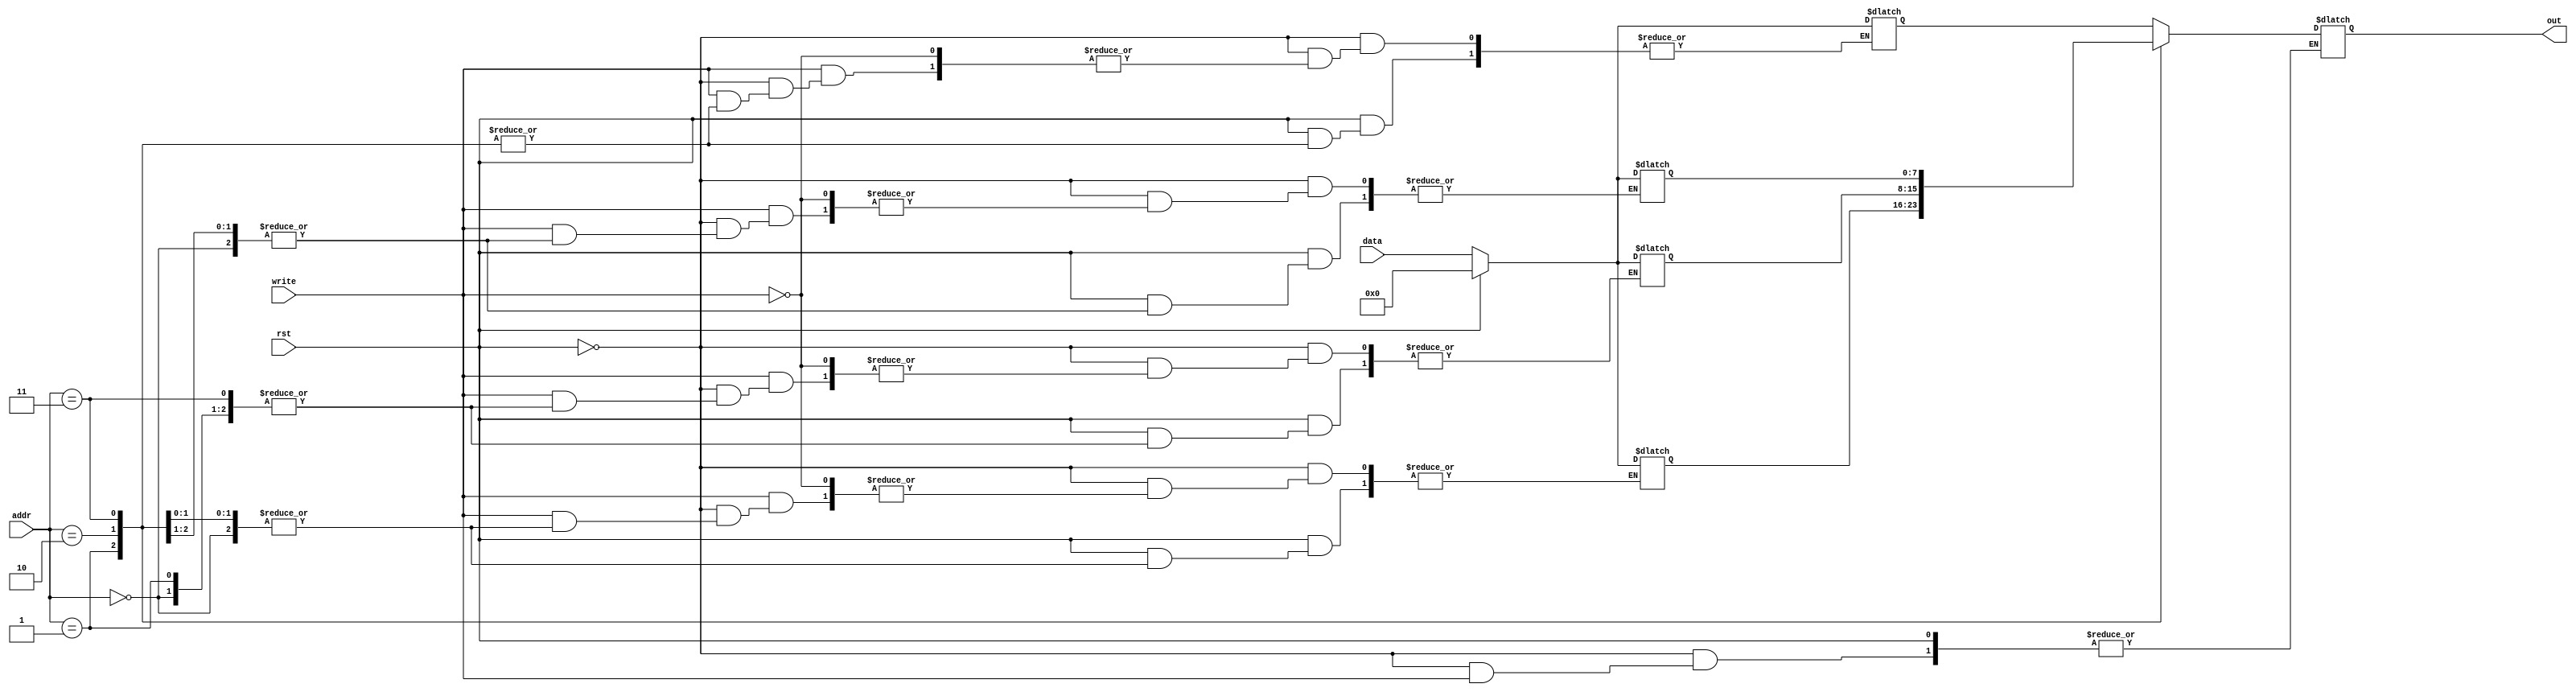
module registers(
input [1:0] addr,
input [7:0] data,
input rst,write,
output reg [7:0]out

    );
    
    reg [7:0] rA;
    reg [7:0] rB;
    reg [7:0] rC;
    reg [7:0] rD;
    
    always @(*)
   
    begin
        if (rst) begin
            case(addr)
            2'b00:rA=8'b00000000;
            2'b01:rB=8'b00000000;
            2'b10:rC=8'b00000000;
            2'b11:rD=8'b00000000;
            endcase

        end
        else if (write) begin
            case(addr)
            2'b00:rA=data;
            2'b01:rB=data;
            2'b10:rC=data;
            2'b11:rD=data;
            endcase

        end
        else begin
         case(addr)
            2'b00:out = rA;
            2'b01:out = rB;
            2'b10:out = rC;
            2'b11:out = rD;
        endcase
        end
           
         
    end
endmodule